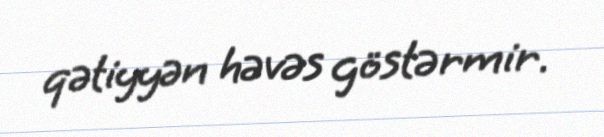
qətiyyən həvəs göstərmir.